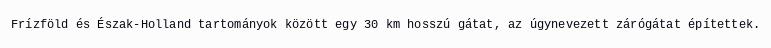
Frízföld és Észak-Holland tartományok között egy 30 km hosszú gátat, az úgynevezett zárógátat építettek.